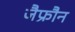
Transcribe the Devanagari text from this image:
जैफ्रौन